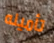
تأمينه